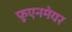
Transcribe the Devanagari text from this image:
फ़ुएनमेयर